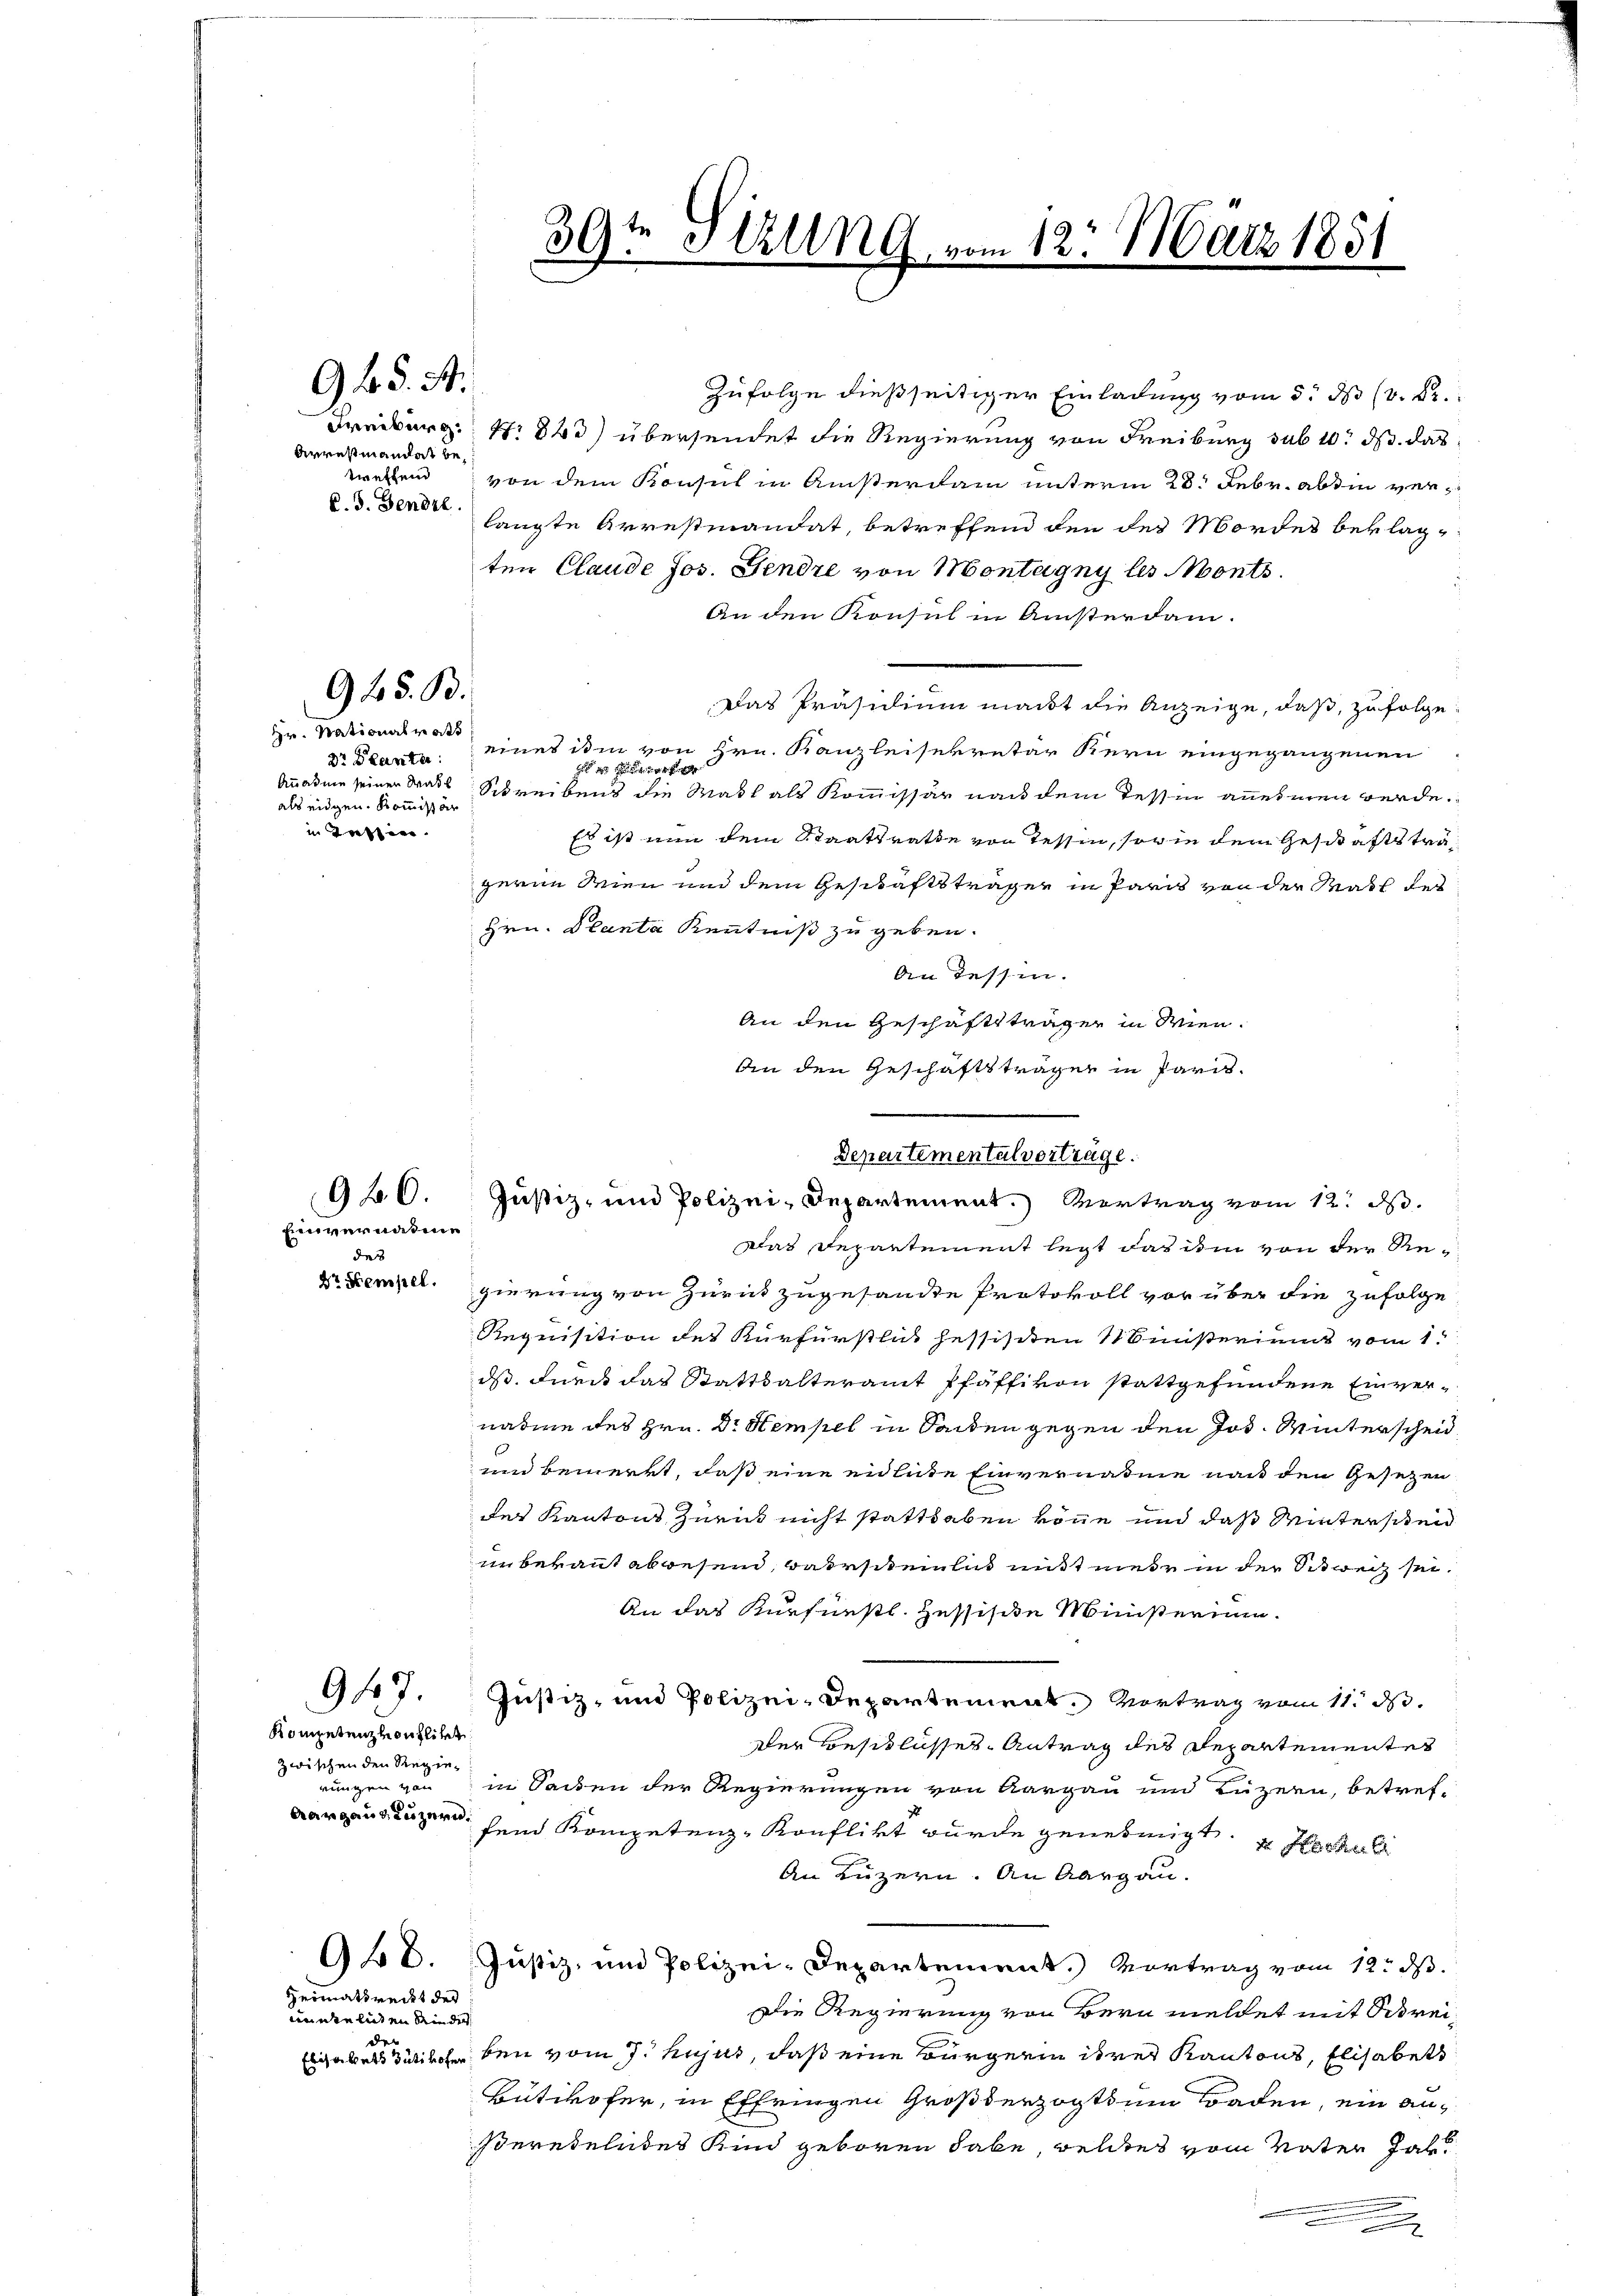
Arrestmandat betwethend
C. 3. Fendel.

95. A.

945. B.

Hr. Rationalrats
Dr Planta
als eidgen. Kommissor
in Teste

946.

Einvernahme
des
Dr Kempel.

Kompetenz vonflikt
zwischen den Regie-
nungen von
Aargau, Luzern

947.

Heimatsrecht des
nnnte liten Kinder
der

Zufolge dießseitiger Einladung vom 5. No (v. Fr.
Freiburg 1848) übersendet die Regierung von Freiburg sub 10. ds. das
von dem Konsul in Ansterdam unterm 28. Febr. abhin verlangte Arrestiandat, betreffend den des Mordes beklagten Claude Jos. Gendre von Montagny les Monts.
An den Konsul in Ansterdam-
Das Präsidium macht die Anzeige, daß, zufolge
eines ihm von Hrn. Kanzleisekretär Kern eingegangenen

Annahme seiner das Schreibens die Mach als Kommissär nach dem Tessin annehmen werde.
Es ist nun dem Staatsrathe von Tessin, sowie dem Geschäftstragerne Wien und dem Geschäftsträgen in Paris von der Mass des
Hrn. Planta Kenntniß zu geben.
An dessen.
An den Geschäftsträger in Wien.
An den Geschäftsträgen in Paris.

39te Seling, vom 12. März 1851

e
Departementalverträge.
Justiz- und Polizei-Departement. Vortrag vom 12. d.

Das Departement legt das ihm von der Regierung von Zurück zugesandte Protokoll vor über die zufolge,
Requisition des Kurfürstlich hessischen Ministeriums vom 1.
ds durch das Statthalteramt Pfäffikon stattgefundene Einvernahme des Hrn. Dr Stempel in Sanden gegen den Jos. Winterscheid
und bemerkt, daß eine eidliche Einvernahme nach den Gesetzen
der Kantons Zurück nicht statthaben köne und daß Winterstend
unbekant abwesend, Barscheinlich mit mehr in der Schweiz sei¬
An das Kurfürstl. Zessische Ministerium.
Justiz- und Polizei-Departement. Vortrag vom 11. d.
Der Beschlusses Antrag des Departementes
in Sachen der Regierungen von Aargau und Luzern, betreffein Kompetenz-Konflikt wurde genehmigt, erhal
An Luzern. An Aargau.
948. Justiz, und Polizei-Departement.) Vortrag vom 12. ds.
Die Regierung von Bern meldet mit Strei¬
Eigabels darische bei vom 7. hujus, daß eine Bürgerin ihrer Kantons, Elisabet
Bütikofer, in Effringen Großherzogthum Baden, ein aneredelndes Kind geboren habe, welches vom Vater Jah
.